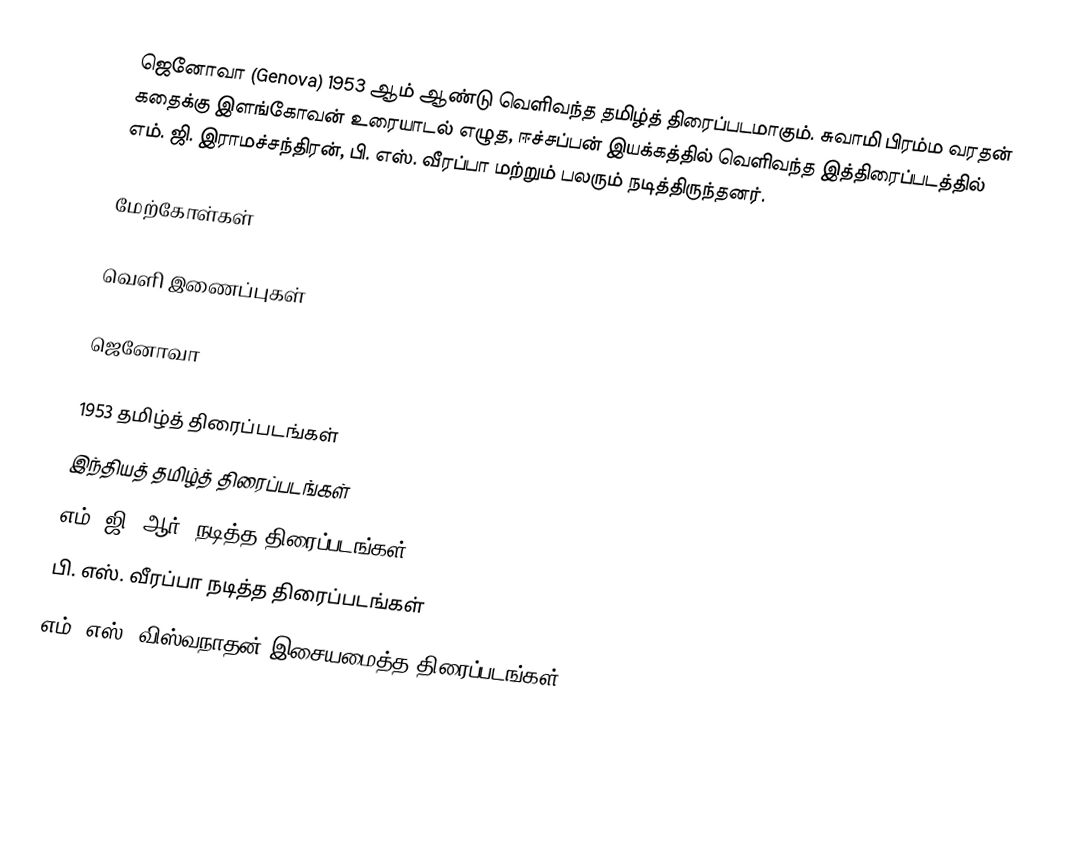
ஜெனோவா (Genova) 1953 ஆம் ஆண்டு வெளிவந்த தமிழ்த் திரைப்படமாகும். சுவாமி பிரம்ம வரதன் கதைக்கு இளங்கோவன் உரையாடல் எழுத, ஈச்சப்பன் இயக்கத்தில் வெளிவந்த இத்திரைப்படத்தில் எம். ஜி. இராமச்சந்திரன், பி. எஸ். வீரப்பா மற்றும் பலரும் நடித்திருந்தனர்.

மேற்கோள்கள்

வெளி இணைப்புகள்

 ஜெனோவா

1953 தமிழ்த் திரைப்படங்கள்
இந்தியத் தமிழ்த் திரைப்படங்கள்
எம். ஜி. ஆர். நடித்த திரைப்படங்கள்
பி. எஸ். வீரப்பா நடித்த திரைப்படங்கள்
எம். எஸ். விஸ்வநாதன் இசையமைத்த திரைப்படங்கள்